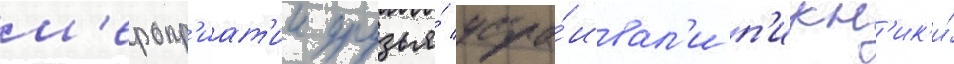
м'еропр'иат'ии друзья́ устра́ивал'и п'икн'ик'и́